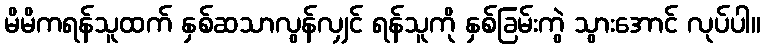
မိမိကရန်သူထက် နှစ်ဆသာလွန်လျှင် ရန်သူကို နှစ်ခြမ်းကွဲ သွားအောင် လုပ်ပါ။